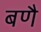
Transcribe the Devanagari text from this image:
बणै